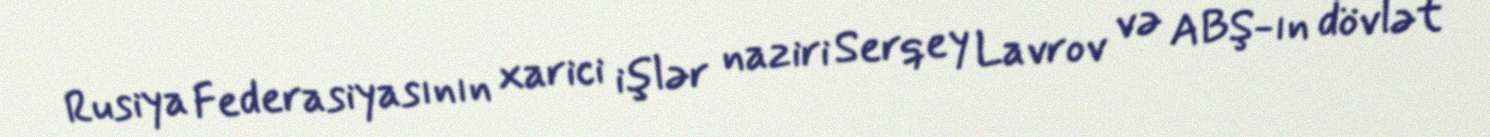
Rusiya Federasiyasının xarici işlər naziri Serqey Lavrov və ABŞ-ın dövlət